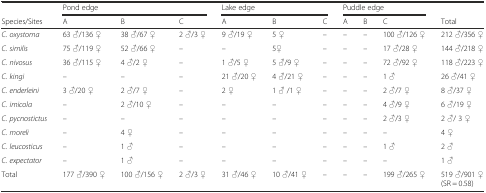
|  | <COLSPAN=3> Pond edge | <COLSPAN=3> Lake edge | <COLSPAN=3> Puddle edge |  |
 | Species/Sites | A | B | C | A | B | C | A | B | C | Total |
 | --- | --- | --- | --- | --- | --- | --- | --- | --- | --- | --- |
 | C. oxystoma | 63 ♂/136 ♀ | 38 ♂/67 ♀ | 2 ♂/3 ♀ | 9 ♂/19 ♀ | 5 ♀ | – | – | – | 100 ♂/126 ♀ | 212 ♂/356 ♀ |
 | C. similis | 75 ♂/119 ♀ | 52 ♂/66 ♀ | – | – | 5♀ | – | – | – | 17 ♂/28 ♀ | 144 ♂/218 ♀ |
 | C. nivosus | 36 ♂/115 ♀ | 4 ♂/2 ♀ | – | 1 ♂/5 ♀ | 5 ♂/9 ♀ | – | – | – | 72 ♂/92 ♀ | 118 ♂/223 ♀ |
 | C. kingi | – | – | – | 21 ♂/20 ♀ | 4 ♂/21 ♀ | – | – | – | 1 ♂ | 26 ♂/41 ♀ |
 | C. enderleini | 3 ♂/20 ♀ | 2 ♂/7 ♀ | – | 2 ♀ | 1 ♂ /1 ♀ | – | – | – | 2 ♂/7 ♀ | 8 ♂/37 ♀ |
 | C. imicola | – | 2 ♂/10 ♀ | – | – | – | – | – | – | 4 ♂/9 ♀ | 6 ♂/19 ♀ |
 | C. pycnostictus | – | – | – | – | – | – | – | – | 2 ♂/3 ♀ | 2 ♂/ 3 ♀ |
 | C. moreli | – | 4 ♀ | – | – | – | – | – | – | – | 4 ♀ |
 | C. leucosticus | – | 1 ♂ | – | – | – | – | – | – | 1 ♂ | 2 ♂ |
 | C. expectator | – | 1 ♂ | – | – | – | – | – | – | – | 1 ♂ |
 | Total | 177 ♂/390 ♀ | 100 ♂/156 ♀ | 2 ♂/3 ♀ | 31 ♂/46 ♀ | 10 ♂/41 ♀ | – | – | – | 199 ♂/265 ♀ | 519 ♂/901 ♀(SR = 0.58) |